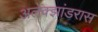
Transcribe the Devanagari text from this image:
अलेक्झांडरास